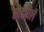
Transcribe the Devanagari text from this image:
सोडविलें